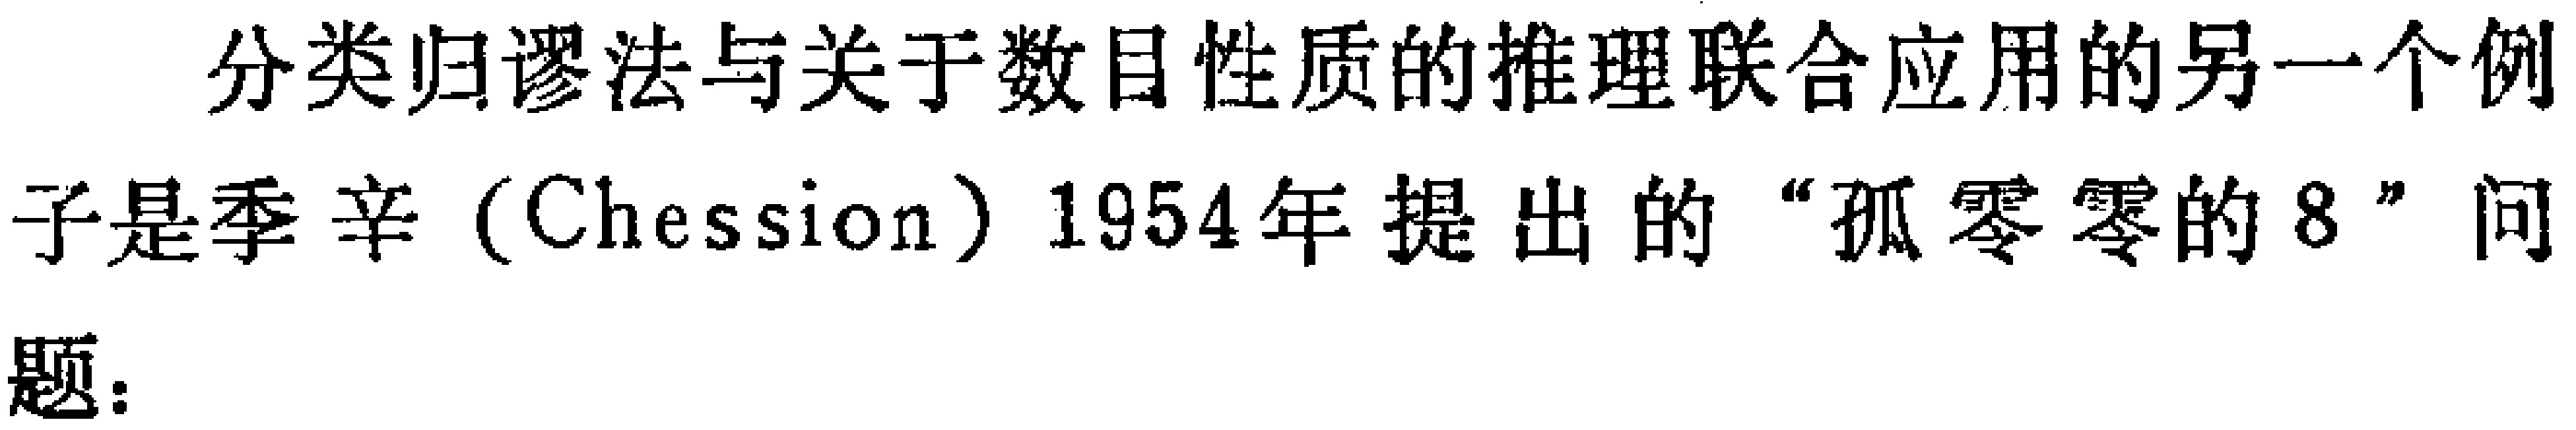
分类归谬法与关于数目性质的推理联合应用的另一个例子是季辛（Chession）1954年提出的“孤零零的8”问题：